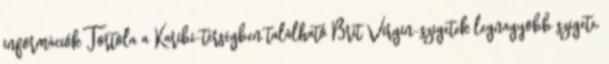
információk Tortola a Karibi-térségben található Brit Virgin-szigetek legnagyobb szigete,